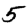
Digit: 5